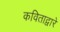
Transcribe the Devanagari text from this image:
कविताद्वारे